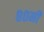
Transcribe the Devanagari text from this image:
८०मी